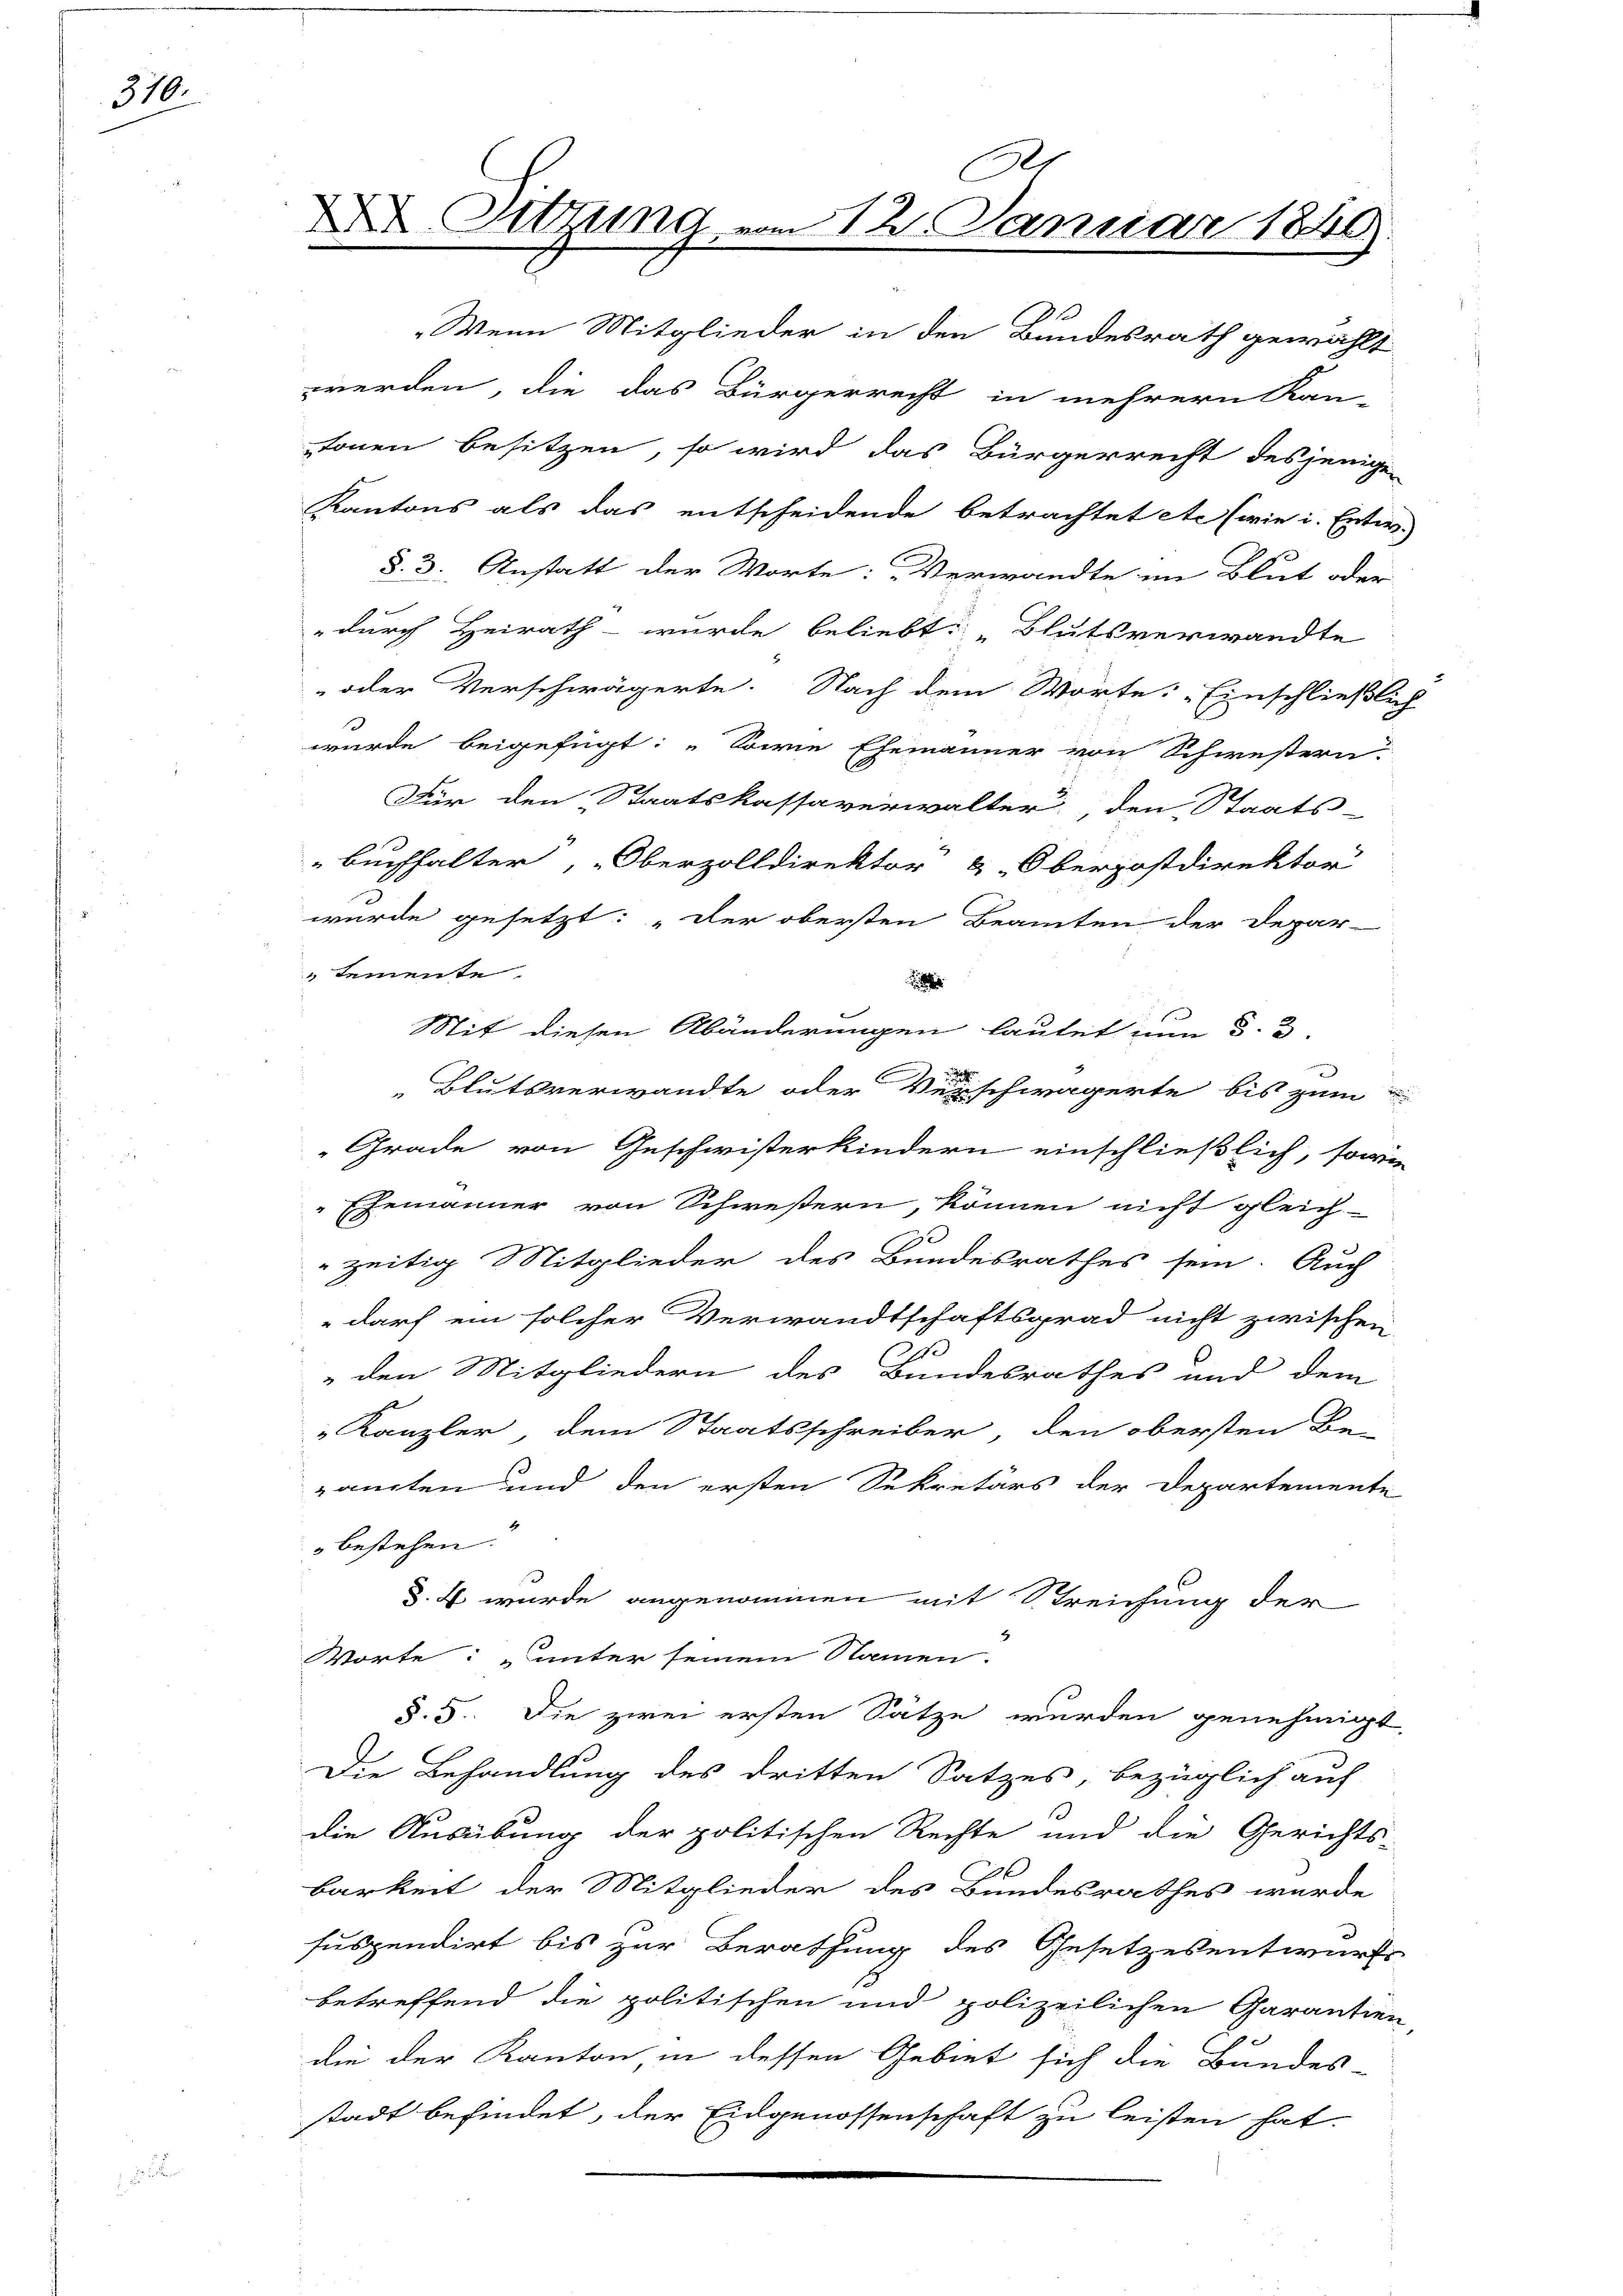
310.

.
D Sitzung vom 12. Januar 1849.

„Wenn Mitglieder in den Bundesrath gewählt
werden, die das Bürgerrecht in mehrern Kan-
tonen besitzen, so wird das Bürgerrecht desjenige
Kantons als das entscheidende betrachtet etc (wie i. Entw.
§. 3. Anstatt der Worte: Verwandte im Blut oder
durch Heirath - wurde beliebt: „Blutsverwandte
oder Verschwägerte. Nach dem Worte: „Einschließlich
wurde beigefügt: „Sowie Ehemänner von Schwestern
Für den Staatskassaverwalter, den Staats-
Buchhalter, Oberzolldirektor & Oberpostdirektor
wurde gesetzt: „Der obersten Beamten der Depar-
Lemente.
i
Mit diesen Abänderungen lautet nun §. 3.

Blutsverwandte oder Verschwägerte bis zum
Grade von Geschwisterkindern einschließlich, sowie
Ehemänner von Schwestern, können nicht gleich-
zeitig Mitglieder des Bundesrathes sein. Auch
 darf ein solcher Verwandtschaftsgrad nicht zwischen
1
 den Mitgliedern des Bundesrathes und dem
Kanzler, dem Staatsschreiber, den obersten Be-
zamten und den ersten Sekretärs der Departemente
 bestehen.
d. J. wurde angenommen mit Streichung der
Worte: „unter seinem Namen.
§. 5. Die zwei ersten Sätze wurden genehmigt,
Die Behandlung des dritten Satzes, bezüglich auf
die Ausübung der politischen Rechte und die Gerichts-
barkeit der Mitglieder des Bundesrathes wurde
suspendirt bis zur Berathung des Gesetzesentwurfs
betreffend die politischen und polizeilichen Garantien,
die der Kanton, in dessen Gebiet sich die Bundes-
stadt befindet, der Eidgenossenschaft zu leisten hat.